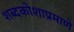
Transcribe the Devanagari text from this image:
शब्दकोशाप्रमाणे